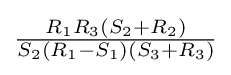
{\tfrac {R_{1}R_{3}(S_{2}+R_{2})}{S_{2}(R_{1}-S_{1})(S_{3}+R_{3})}}